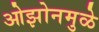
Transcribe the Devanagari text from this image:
ओझोनमुळे